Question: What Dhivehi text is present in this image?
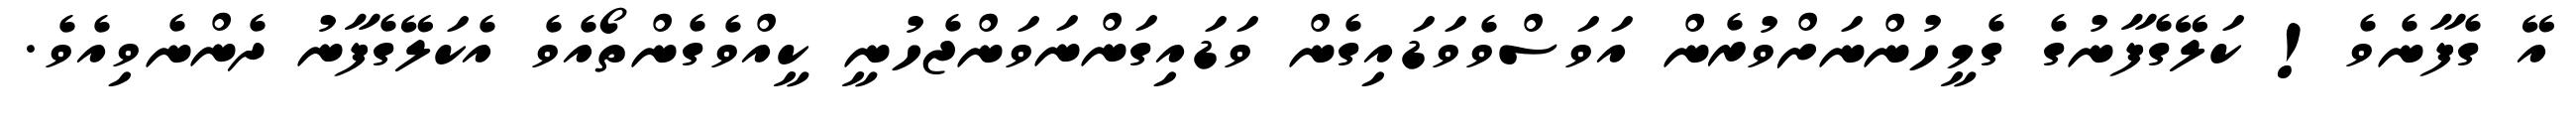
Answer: އޭ ގެފާނެވެ! ކަލޭގެފާނުގެ ގެމީހުންނަށްވުރެން އަވަސްވެވަޑައިގެން ވަޑައިގަންނަވަންޖެހުނީ ކީއްވެގެންތޯއެވެ އެކަލޭގެފާނު ދެންނެވިއެވެ.